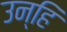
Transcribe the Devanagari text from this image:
उन्हि